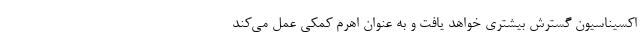
اکسیناسیون گسترش بیشتری خواهد یافت و به عنوان اهرم کمکی عمل می‌کند